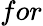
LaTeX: for